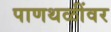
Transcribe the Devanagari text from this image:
पाणथळींवर